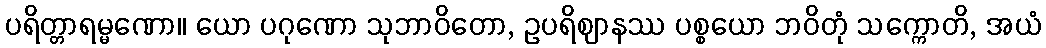
ပရိတ္တာရမ္မဏော။ ယော ပဂုဏော သုဘာဝိတော, ဥပရိဈာနဿ ပစ္စယော ဘဝိတုံ သက္ကောတိ, အယံ